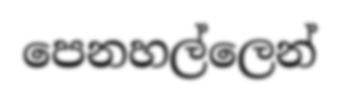
පෙනහල්ලෙන්